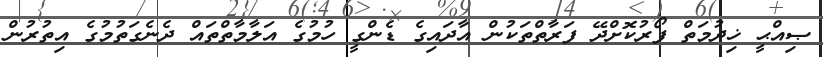
ޞިއްޙީ ޚިދުމަތް ފޯރުކޮށްދޭ ފަރާތްތަކުން އާދައިގެ ޑެންގީ ހުމުގެ އަލާމާތްތައް ދެނެގަތުމުގެ އިތުރުން